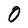
Character: O